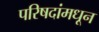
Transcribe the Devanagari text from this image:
परिषदांमधून